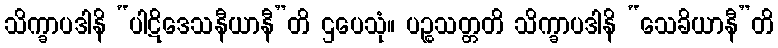
သိက္ခာပဒါနိ “ပါဋိဒေသနီယာနီ”တိ ဌပေသုံ။ ပဉ္စသတ္တတိ သိက္ခာပဒါနိ “သေခိယာနီ”တိ